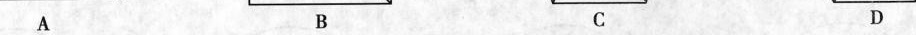
A B C D